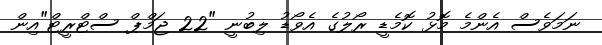
ނަމަވެސް އެންމެ މޮޅު ކޮމެޑީ ރޯލުގެ އެވޯޑު ލިބުނީ "22 ޖަމްޕް ސްޓްރީޓް"އިން